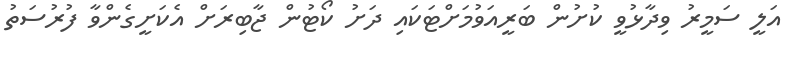
އަލީ ސަމީރު ވިދާޅުވީ ކުށުން ބަރީއަވުމަށްޓަކައި ދަށު ކޯޓުން ޖާބިރަށް އެކަށީގެންވާ ފުރުސަތު